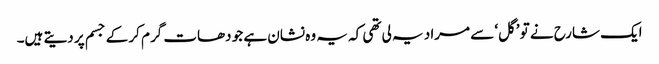
ایک شارح نے تو ’گل‘ سے مراد یہ لی تھی کہ یہ وہ نشان ہے جو دھات گرم کر کے جسم پر دیتے ہیں۔